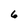
Character: 6